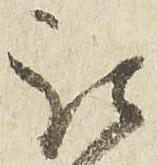
被